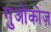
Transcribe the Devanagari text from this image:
गुओकोज़